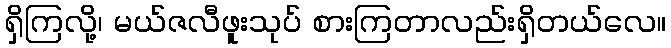
ရှိကြလို့၊ မယ်ဇလီဖူးသုပ် စားကြတာလည်းရှိတယ်လေ။